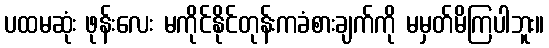
ပထမဆုံး ဖုန်းလေး မကိုင်နိုင်တုန်းကခံစားချက်ကို မမှတ်မိကြပါဘူး။